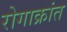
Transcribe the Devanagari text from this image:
रोगाक्रांत